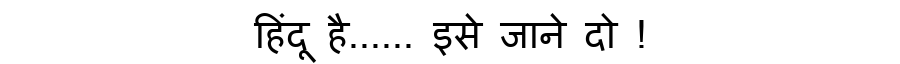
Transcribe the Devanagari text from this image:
हिंदू है...... इसे जाने दो !